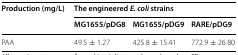
| <ROWSPAN=2> Production (mg/L) | <COLSPAN=3> The engineered E. coli strains |
 | MG1655/pDG8 | MG1655/pDG9 | RARE/pDG9 |
 | --- | --- | --- | --- |
 | PAA | 49.5 ± 1.27 | 425.8 ± 15.41 | 772.9 ± 26.80 |